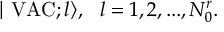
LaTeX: \mid \mathrm { V A C } ; l \rangle , \, \, \, \, l = 1 , 2 , . . . , N _ { 0 } ^ { r } .